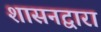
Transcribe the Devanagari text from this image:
शासनद्वारा